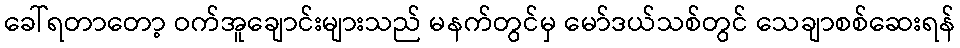
ခေါ်ရတာတော့ ဝက်အူချောင်းများသည် မနက်တွင်မှ မော်ဒယ်သစ်တွင် သေချာစစ်ဆေးရန်